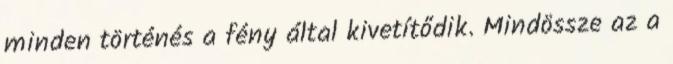
minden történés a fény által kivetítődik. Mindössze az a